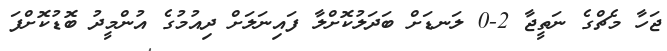
ޖަހާ މެޗްގެ ނަތީޖާ 2-0 ލަނޑަށް ބަދަލުކޮށްލާ ފައިނަލަށް ދިއުމުގެ އުންމީދު ބޮޑުކޮށްފަ